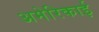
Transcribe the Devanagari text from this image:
अमेरिकाई